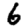
Digit: 6